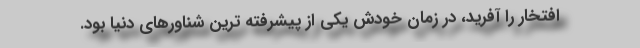
افتخار را آفرید، در زمان خودش یکی از پیشرفته ترین شناورهای دنیا بود.